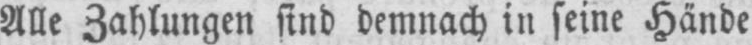
Alle Zahlungen sind demnach in seine Hände